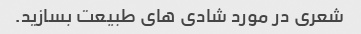
شعری در مورد شادی های طبیعت بسازید.